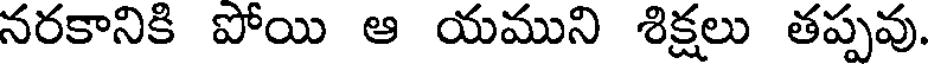
నరకానికి పోయి ఆ యముని శిక్షలు తప్పవు.